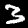
Digit: 3